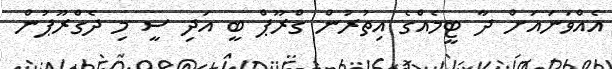
އެއްވަނައަށް ދާ ޓީމެއްގެ އިތުރުން ގްރޫޕް ބީ އަދި ސީ މި ދެގްރޫޕުން